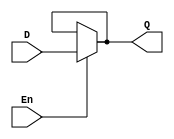
module D_latch (D, Q, En); 
 input D, En;
 output Q;
 assign Q = En ? D : Q;
 
endmodule